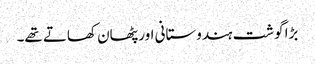
بڑا گوشت ہندوستانی اور پٹھان کھاتے تھے۔